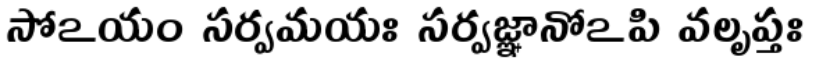
సోఽయం సర్వమయః సర్వజ్ఞానోఽపి వలృప్తః